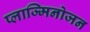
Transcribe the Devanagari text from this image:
प्लाज्मिनोजन